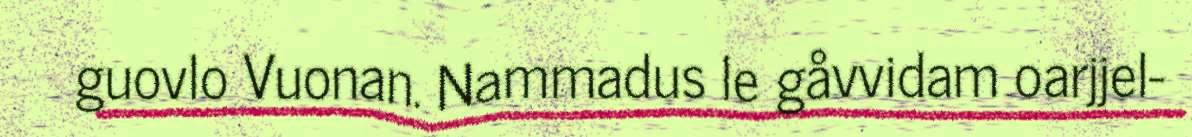
guovlo Vuonan. Nammadus le gåvvidam oarjjel-